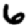
Digit: 6